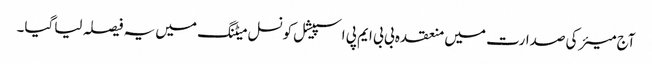
آج میئر کی صدارت میں منعقدہ بی بی ایم پی اسپیشل کونسل میٹنگ میں یہ فیصلہ لیاگیا۔